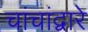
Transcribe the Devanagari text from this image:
चांचांद्वारे